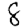
Digit: 8